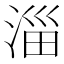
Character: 淄